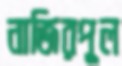
নাজিরপুল